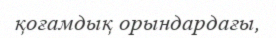
қоғамдық орындардағы,